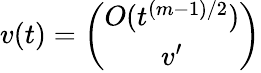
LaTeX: v(t)=\left(\begin{array}{c}{{O(t^{(m-1)/2})}}\\ {{v^{\prime}}}\end{array}\right)